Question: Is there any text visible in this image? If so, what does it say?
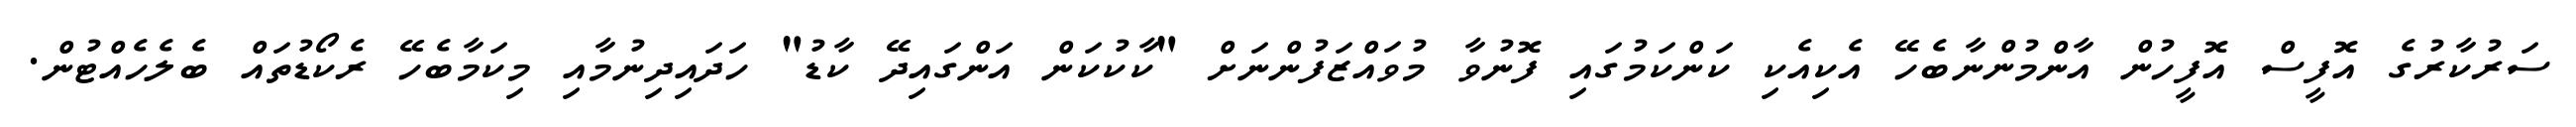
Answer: ސަރުކާރުގެ އޮފީސް އޮފީހުން އާންމުންނާބެހޭ އެކިއެކި ކަންކަމުގައި ފޮނުވާ މުވައްޒަފުންނަށް "ކާކުކަން އަންގައިދޭ ކާޑު" ހަދައިދިނުމާއި މިކަމާބެހޭ ރެކޯޑުތައް ބެލެހެއްޓުން.